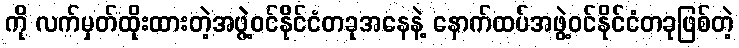
ကို လက်မှတ်ထိုးထားတဲ့အဖွဲ့ဝင်နိုင်ငံတခုအနေနဲ့ နောက်ထပ်အဖွဲ့ဝင်နိုင်ငံတခုဖြစ်တဲ့